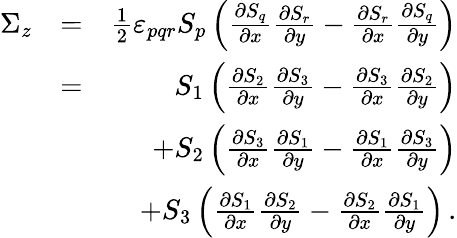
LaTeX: \begin{array}{rlr}{\Sigma_{z}}&{=}&{\frac{1}{2}\varepsilon_{pqr}S_{p}\left(\frac{\partial S_{q}}{\partial x}\frac{\partial S_{r}}{\partial y}-\frac{\partial S_{r}}{\partial x}\frac{\partial S_{q}}{\partial y}\right)}\\ &{=}&{S_{1}\left(\frac{\partial S_{2}}{\partial x}\frac{\partial S_{3}}{\partial y}-\frac{\partial S_{3}}{\partial x}\frac{\partial S_{2}}{\partial y}\right)}\\ &{}&{+S_{2}\left(\frac{\partial S_{3}}{\partial x}\frac{\partial S_{1}}{\partial y}-\frac{\partial S_{1}}{\partial x}\frac{\partial S_{3}}{\partial y}\right)}\\ &{}&{+S_{3}\left(\frac{\partial S_{1}}{\partial x}\frac{\partial S_{2}}{\partial y}-\frac{\partial S_{2}}{\partial x}\frac{\partial S_{1}}{\partial y}\right)\, .}\end{array}